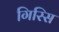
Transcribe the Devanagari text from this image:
गिरिस